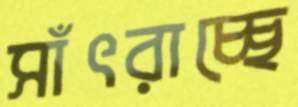
সাঁৎরাচ্ছে